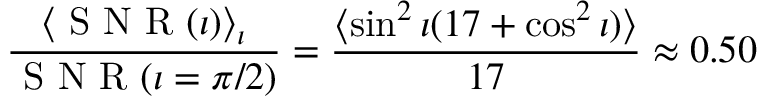
\frac { \langle \mathrm { ~ S ~ N ~ R ~ } ( \iota ) \rangle _ { \iota } } { \mathrm { ~ S ~ N ~ R ~ } ( \iota = \pi / 2 ) } = \frac { \langle \sin ^ { 2 } \iota ( 1 7 + \cos ^ { 2 } \iota ) \rangle } { 1 7 } \approx 0 . 5 0